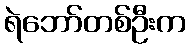
ရဲဘော်တစ်ဦးက